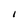
Character: I